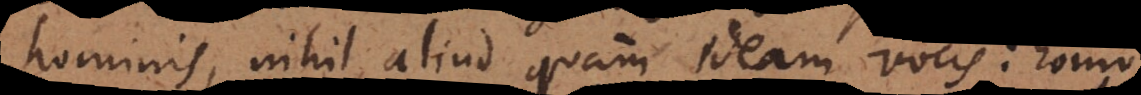
hominis, nihil aliud quam ideam, vocis: homo